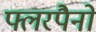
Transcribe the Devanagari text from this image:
फ्लरपैनों